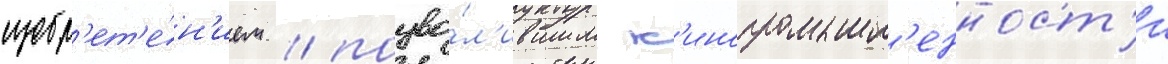
изобр'ет'е́н'ием / позво́л'ившим к'инопромышл'енност'и